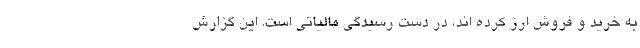
به خرید و فروش ارز کرده اند، در دست رسیدگی مالیاتی است. این گزارش